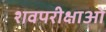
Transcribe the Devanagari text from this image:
शवपरीक्षाओं